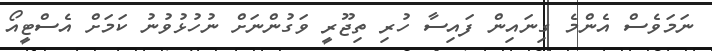
ނަމަވެސް އެންމެ ގިނައިން ފައިސާ ހުރި ތިޖޫރީ ވަގުންނަށް ނުހުޅުވުނު ކަމަށް އެސްޓީއޯ